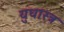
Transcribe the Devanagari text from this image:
युधास्त्र